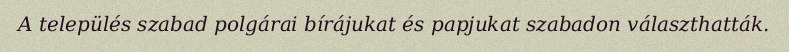
A település szabad polgárai bírájukat és papjukat szabadon választhatták.